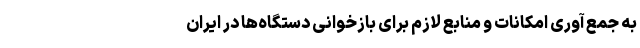
به جمع آوری امکانات و منابع لازم برای بازخوانی دستگاه‌ها در ایران